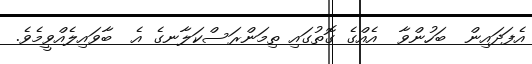
އެފަދައިން  ބަހުންވާ  އެއްގެ ގޮތުގައި ތިމަންރަސްކަލާނގެ އެ  ބާވައިލެއްވީމެވެ.